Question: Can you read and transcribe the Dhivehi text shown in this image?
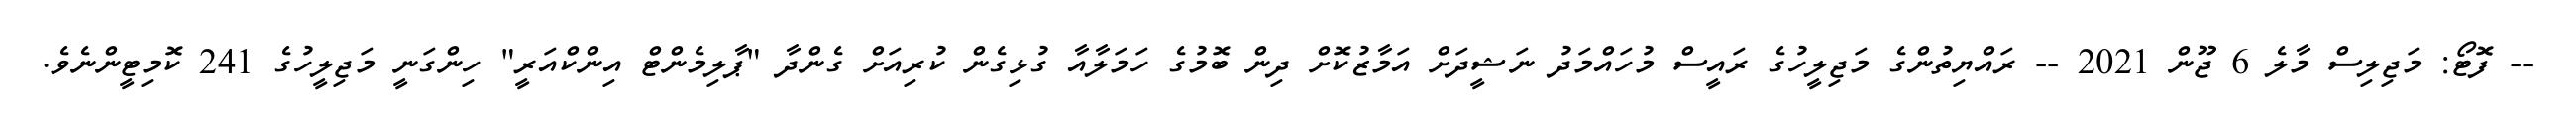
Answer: -- ފޮޓޯ: މަޖިލިސް މާލެ 6 ޖޫން 2021 -- ރައްޔިތުންގެ މަޖިލީހުގެ ރައީސް މުހައްމަދު ނަޝީދަށް އަމާޒުކޮށް ދިން ބޮމުގެ ހަމަލާއާ ގުޅިގެން ކުރިއަށް ގެންދާ "ޕާލިމެންޓް އިންކްއަރީ" ހިންގަނީ މަޖިލީހުގެ 241 ކޮމިޓީންނެވެ.